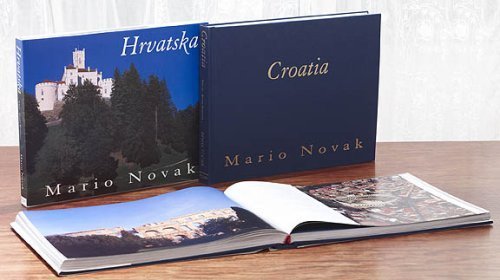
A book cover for Croatia; Damir Konestra; Travel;